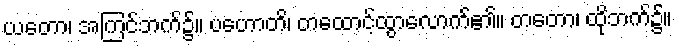
ယတော၊ အကြင်ဘက်၌။ ပဟောတိ၊ တထောင့်ထွာလောက်၏။ တတော၊ ထိုဘက်၌။